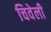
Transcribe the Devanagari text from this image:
चिवेली